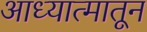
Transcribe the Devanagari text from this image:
आध्यात्मातून